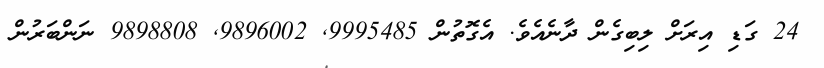
24 ގަޑި އިރަށް ލިބިގެން ދާނެއެވެ. އެގޮތުން 9995485